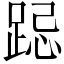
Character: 跽